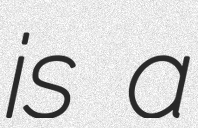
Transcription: is a